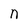
Character: n